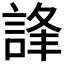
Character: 𧧽